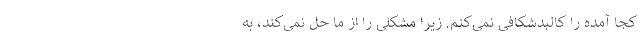
کجا آمده را کالبدشکافی نمی‌کنم. زیرا مشکلی را از ما حل نمی‌کند، به